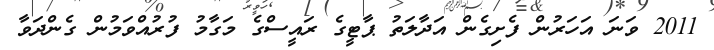
2011 ވަނަ އަހަރުން ފެށިގެން އަދާލަތު ޕާޓީގެ ރައީސްގެ މަގާމު ފުރުއްވަމުން ގެންދަވާ